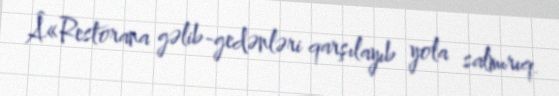
Â«Restorana gəlib-gedənləri qarşılayıb yola salmırıq.